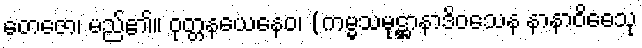
တေဇော၊ မည်၏။ ဝုတ္တနယေနေဝ၊ (ကမ္မသမုဋ္ဌာနာဒိဝသေန နာနာဝိဓေသု